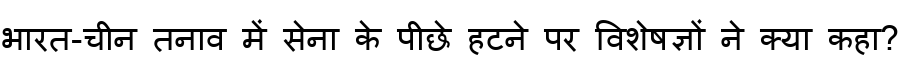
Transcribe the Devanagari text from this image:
भारत-चीन तनाव में सेना के पीछे हटने पर विशेषज्ञों ने क्या कहा?